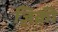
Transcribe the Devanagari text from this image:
ज़िक्री